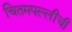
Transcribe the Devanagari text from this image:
चितमपल्लींची